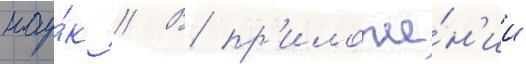
нау́к // В пр'иложе́н'ии